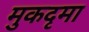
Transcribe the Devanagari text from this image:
मुकदृमा